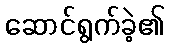
ဆောင်ရွက်ခဲ့၏